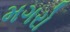
મગરો